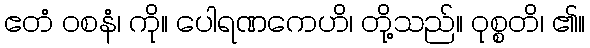
ဧတံ ဝစနံ၊ ကို။ ပေါရဏကေဟိ၊ တို့သည်။ ဝုစ္စတိ၊ ၏။